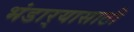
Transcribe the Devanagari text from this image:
भंडार्‍यासाठी